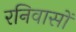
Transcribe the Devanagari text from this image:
रनिवासों